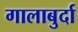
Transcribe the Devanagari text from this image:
गालाबुर्दा